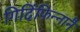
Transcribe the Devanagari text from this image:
गिदिंफिन्‍नानै